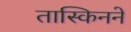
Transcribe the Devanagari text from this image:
तास्किनने